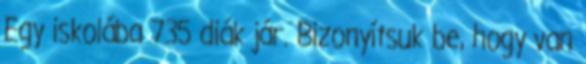
Egy iskolába 735 diák jár. Bizonyítsuk be, hogy van